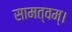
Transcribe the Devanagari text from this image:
सामत्वम्‌।